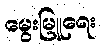
မွေးမြူရေး